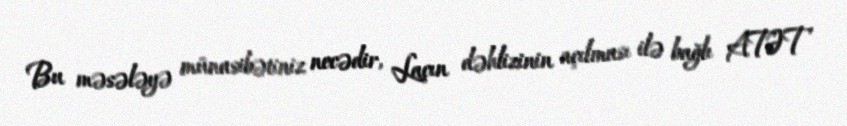
Bu məsələyə münasibətiniz necədir, Laçın dəhlizinin açılması ilə bağlı ATƏT